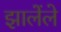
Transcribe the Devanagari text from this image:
झालेंले